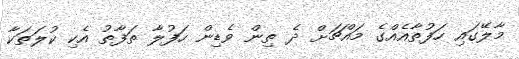
މާލޭގައި ހަފުތާއެއްގެ މައްޗަށް ދެ ތިން ވެޑިން ހަފުލާ ތަފާތު އެކި ކުލަތަކާ